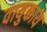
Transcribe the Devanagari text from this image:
वायुकाय